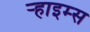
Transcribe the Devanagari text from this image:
ऱ्हाइम्स